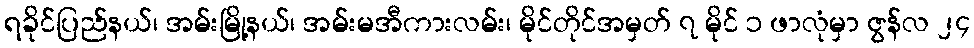
ရခိုင်ပြည်နယ်၊ အမ်းမြို့နယ်၊ အမ်းမအီကားလမ်း၊ မိုင်တိုင်အမှတ် ၇ မိုင် ၁ ဖာလုံမှာ ဇွန်လ ၂၄